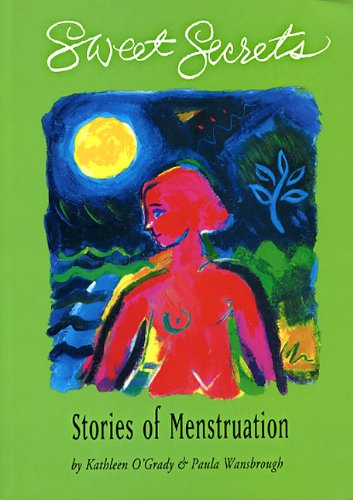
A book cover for Sweet Secrets: Stories of Menstruation; Kathleen O'Grady; Teen & Young Adult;